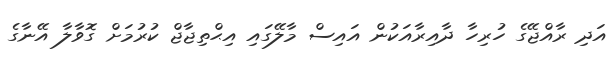
އަދި ރާއްޖޭގެ ހުރިހާ ދާއިރާއަކުން އައިސް މާލޭގައި އިޙްތިޖާޖް ކުރުމަށް ގޮވާލާ އޭނާގެ